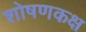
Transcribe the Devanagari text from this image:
शोषणकक्ष